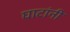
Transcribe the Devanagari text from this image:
घाटांनी